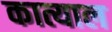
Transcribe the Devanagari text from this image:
कात्याल